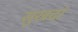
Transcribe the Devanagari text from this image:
सुखदां